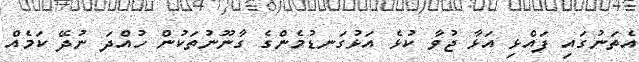
އެތަނުގައި ފައްޅި އަޅާ ޖުވާ ކުޅެ އަޅުގަނޑުމެންގެ ގާނޫނުތަކުން ހުއްދަ ނުދޭ ކަމެއް